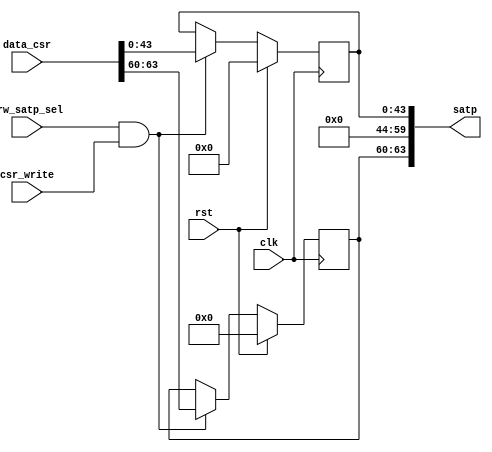
module csr_satp(
input wire clk,
input wire rst,

input wire srw_satp_sel,
input wire [63:0]data_csr,
input wire csr_write,

output wire [63:0]satp
);


reg [3:0]mode;
reg [43:0]ppn;

always@(posedge clk)begin
	if(rst)begin
		mode<=	4'b0;
		ppn	<=	44'b0;
	end
	else if(srw_satp_sel & csr_write)begin
		mode <=	data_csr[63:60];
		ppn	<=	data_csr[43:0];
	end
end

assign satp=	{mode,16'b0,ppn};

endmodule